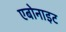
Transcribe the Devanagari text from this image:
एबोनाइट